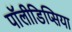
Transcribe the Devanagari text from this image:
पॉलीडिप्सिया